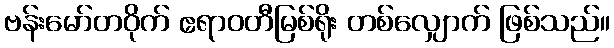
ဗန်းမော်တဝိုက် ဧရာဝတီမြစ်ရိုး တစ်လျှောက် ဖြစ်သည်။